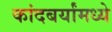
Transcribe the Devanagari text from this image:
कांदबर्यांमध्ये